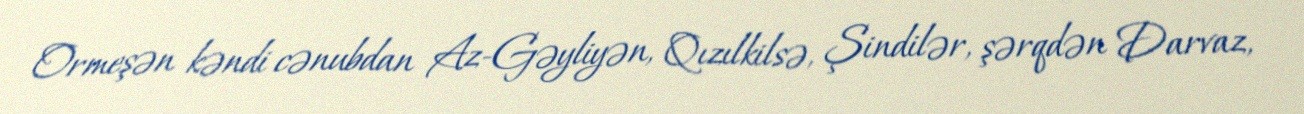
Ormeşən kəndi cənubdan Az-Gəyliyən, Qızılkilsə, Şindilər, şərqdən Darvaz,